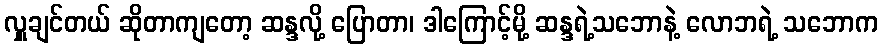
လှူချင်တယ် ဆိုတာကျတော့ ဆန္ဒလို့ ပြောတာ၊ ဒါကြောင့်မို့ ဆန္ဒရဲ့သဘောနဲ့ လောဘရဲ့ သဘောက